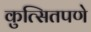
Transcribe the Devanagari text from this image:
कुत्सितपणे